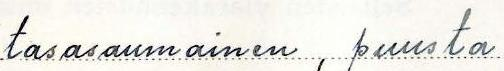
tasasaumainen, puusta